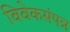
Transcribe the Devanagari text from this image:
विवेकसंपन्न